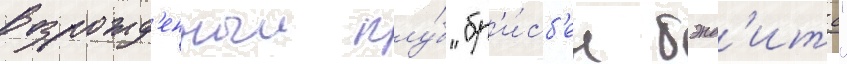
возрожд'енныи клу́б "бр'и́сб'ен бэнд'итс"